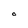
Character: O